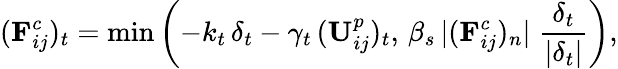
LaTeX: (\mathbf{F}_{ij}^{c})_{t}=\textrm{min}\left(-k_{t}\, \delta_{t}-\gamma_{t}\, (\mathbf{U}_{ij}^{p})_{t},\, \beta_{s}\, |(\mathbf{F}_{ij}^{c})_{n}|\; \frac{\delta_{t}}{|\delta_{t}|}\right),